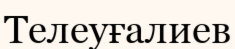
Телеуғалиев